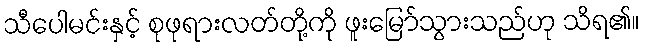
သီပေါမင်းနှင့် စုဖုရားလတ်တို့ကို ဖူးမြော်သွားသည်ဟု သိရ၏။